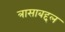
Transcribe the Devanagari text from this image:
त्रासाबद्दल